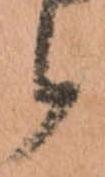
候